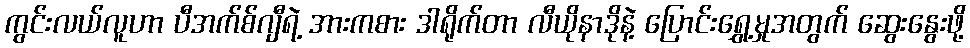
ကွင်းလယ်လူဟာ ပီအက်စ်ဂျီရဲ့ အားကစား ဒါရိုက်တာ လီယိုနာဒိုနဲ့ ပြောင်းရွှေ့မှုအတွက် ဆွေးနွေးဖို့